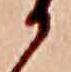
か